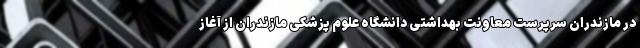
در مازندران سرپرست معاونت بهداشتی دانشگاه علوم پزشکی مازندران از آغاز